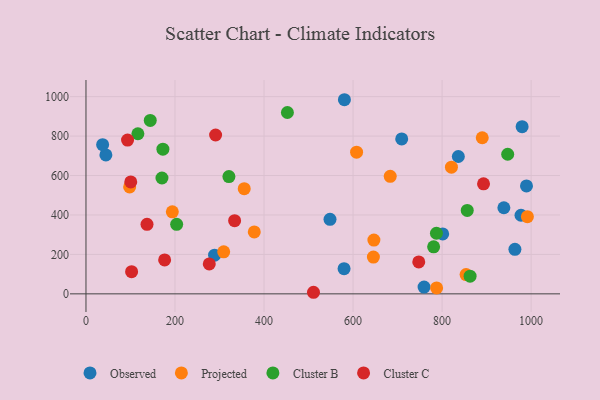
{"axis": {"x": "Ad Spend", "y": "Fuel Efficiency"}, "legend": ["Cluster B", "Cluster C", "Observed", "Projected"], "data": [{"x": "759.5", "y": 34.3, "type": "Observed"}, {"x": "836.5", "y": 696.4, "type": "Observed"}, {"x": "44.7", "y": 704.6, "type": "Observed"}, {"x": "709.3", "y": 785.6, "type": "Observed"}, {"x": "977.3", "y": 398.5, "type": "Observed"}, {"x": "963.6", "y": 225.9, "type": "Observed"}, {"x": "579.8", "y": 127.8, "type": "Observed"}, {"x": "37.4", "y": 756.4, "type": "Observed"}, {"x": "989.6", "y": 547.1, "type": "Observed"}, {"x": "801.3", "y": 303.8, "type": "Observed"}, {"x": "979.8", "y": 847.8, "type": "Observed"}, {"x": "580.6", "y": 984.4, "type": "Observed"}, {"x": "548.2", "y": 377.9, "type": "Observed"}, {"x": "938.8", "y": 436.7, "type": "Observed"}, {"x": "288.9", "y": 196.0, "type": "Observed"}, {"x": "309.4", "y": 212.9, "type": "Projected"}, {"x": "683.5", "y": 595.9, "type": "Projected"}, {"x": "607.9", "y": 718.6, "type": "Projected"}, {"x": "853.9", "y": 97.6, "type": "Projected"}, {"x": "645.7", "y": 186.4, "type": "Projected"}, {"x": "890.2", "y": 791.6, "type": "Projected"}, {"x": "821.0", "y": 642.6, "type": "Projected"}, {"x": "991.6", "y": 391.4, "type": "Projected"}, {"x": "378.1", "y": 313.8, "type": "Projected"}, {"x": "194.0", "y": 416.0, "type": "Projected"}, {"x": "98.1", "y": 542.2, "type": "Projected"}, {"x": "355.5", "y": 533.3, "type": "Projected"}, {"x": "646.8", "y": 272.6, "type": "Projected"}, {"x": "787.7", "y": 30.3, "type": "Projected"}, {"x": "203.7", "y": 352.4, "type": "Cluster B"}, {"x": "787.3", "y": 307.2, "type": "Cluster B"}, {"x": "144.4", "y": 879.2, "type": "Cluster B"}, {"x": "856.5", "y": 423.2, "type": "Cluster B"}, {"x": "116.6", "y": 811.8, "type": "Cluster B"}, {"x": "172.8", "y": 733.5, "type": "Cluster B"}, {"x": "170.7", "y": 587.4, "type": "Cluster B"}, {"x": "862.9", "y": 89.4, "type": "Cluster B"}, {"x": "947.4", "y": 708.0, "type": "Cluster B"}, {"x": "781.0", "y": 238.7, "type": "Cluster B"}, {"x": "321.1", "y": 594.5, "type": "Cluster B"}, {"x": "452.5", "y": 919.7, "type": "Cluster B"}, {"x": "747.6", "y": 162.1, "type": "Cluster C"}, {"x": "333.9", "y": 371.3, "type": "Cluster C"}, {"x": "893.1", "y": 557.7, "type": "Cluster C"}, {"x": "102.5", "y": 112.7, "type": "Cluster C"}, {"x": "277.0", "y": 151.6, "type": "Cluster C"}, {"x": "93.4", "y": 779.9, "type": "Cluster C"}, {"x": "176.7", "y": 172.0, "type": "Cluster C"}, {"x": "511.1", "y": 8.0, "type": "Cluster C"}, {"x": "137.1", "y": 352.8, "type": "Cluster C"}, {"x": "100.6", "y": 567.5, "type": "Cluster C"}, {"x": "291.2", "y": 805.4, "type": "Cluster C"}]}